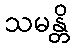
သမန္တိ